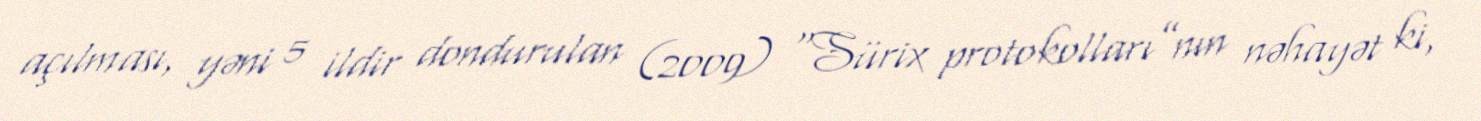
açılması, yəni 5 ildir dondurulan (2009) “Sürix protokolları”nın nəhayət ki,